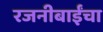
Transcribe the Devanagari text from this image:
रजनीबाईंचा